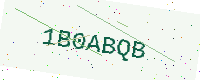
Text: 1B0ABQB